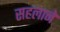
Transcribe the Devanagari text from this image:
सहलाने